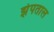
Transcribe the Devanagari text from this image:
झंपताल